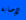
لإصابة